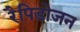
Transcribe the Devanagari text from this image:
रैपिडोजन